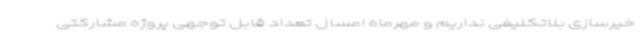
خیرسازی بلاتکلیفی نداریم و مهرماه امسال تعداد قابل توجهی پروژه مشارکتی